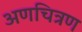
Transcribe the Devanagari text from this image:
अणचित्रण